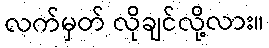
လက်မှတ် လိုချင်လို့လား။